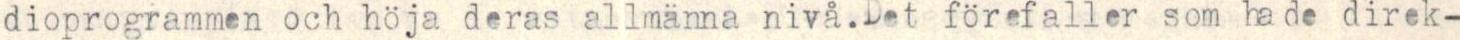
dioprogrammen och höja deras allmänna nivå.Det förefaller som hade direk-